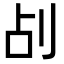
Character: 㓠